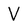
Character: V